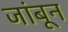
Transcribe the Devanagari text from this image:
जांबून